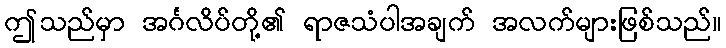
ဤသည်မှာ အင်္ဂလိပ်တို့၏ ရာဇသံပါအချက် အလက်များဖြစ်သည်။